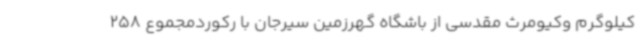
کیلوگرم وکیومرث مقدسی از باشگاه گهرزمین سیرجان با رکوردمجموع 258